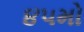
૪૫મો